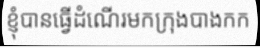
ខ្ញុំបានធ្វើដំណើរមកក្រុងបាងកក